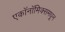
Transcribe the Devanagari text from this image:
एकॉनॉमिक्समधून